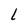
Character: L